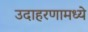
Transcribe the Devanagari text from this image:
उदाहरणामध्ये